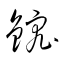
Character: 鋐